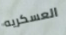
العسكريه